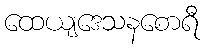
ထေယျဒေသနစောရီ